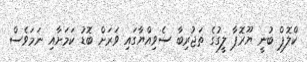
ކްލޮޕް ބުނީ ޔޫރޮޕާ ލީގުގެ ތަޖުރިބާ ސެވިއްޔާގައި ވަރަށް ބޮޑު ކަމަށާއި ނަމަވެސް